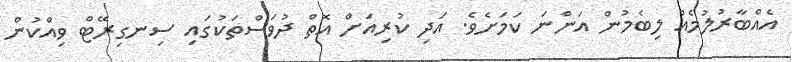
އެއްބާރުލުމެއް ލިބެމުން އަންނަ ކަމަށެވެ. އަދި ކުރިއަށް އޮތް ދުވަސްތަކުގައި ސިނގިރޭޓް ވިއްކުން